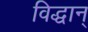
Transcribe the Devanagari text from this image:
विद्धान्‌